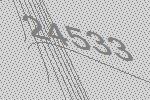
24533